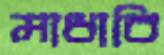
মাধাবি